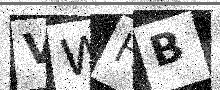
Text: VWHB